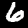
Label: 6